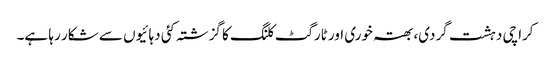
کراچی دہشت گردی، بھتہ خوری اور ٹارگٹ کلنگ کا گزشتہ کئی دہائیوں سے شکار رہا ہے۔